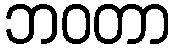
ဘဝတာ